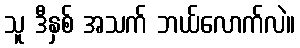
သူ ဒီနှစ် အသက် ဘယ်လောက်လဲ။